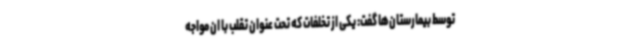
توسط بیمارستان‌ها گفت: یکی از تخلفات که تحت عنوان تقلب با ان مواجه